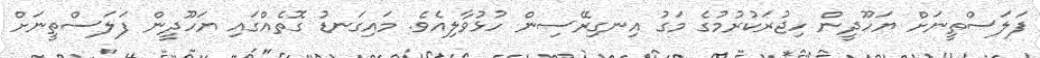
ފަލަސްތީނަށް ޔަހޫދީން ހިޖުރަކުރުމުގެ މަގު އިނގިރޭސިން ހުޅުވާލިއެވެ. މައިގަނޑު ގޮތެއްގައި ޔަހޫދީން ފަލަސްތީނަށް